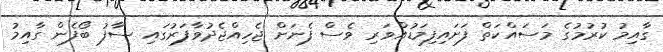
ގާއިމު ކުރުމުގެ މަސައްކަތް ފަށައިފިމަޑުއްވަރި ވެސް ފެނަށް ޖެހިއްޖެދުވާފަރުގައި ސާފު ބޯފެން ގާއިމު